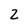
Character: 2